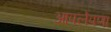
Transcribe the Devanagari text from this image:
आपलेपणा